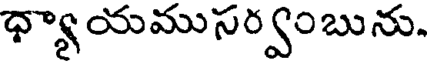
ధ్యాయముసర్వంబును.